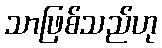
သာဖြစ်သည်ဟု